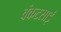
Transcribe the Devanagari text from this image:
वेंकटसाईं